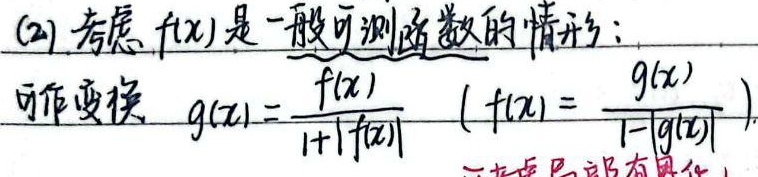
考虑 \(f(x)\) 是一般可测函数的情形：可作变换 \(g(x)=\frac{f(x)}{1 + |f(x)|}\)（此时 \(f(x)=\frac{g(x)}{1 - |g(x)|}\)）。